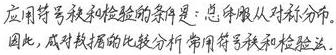
应用符号秩和检验的条件是：总体服从对称分布。因此，成对数据的比较分析常用符号秩和检验法。